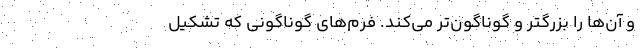
و آن‌ها را بزرگتر و گوناگون‌تر می‌کند. فرم‌های گوناگونی که تشکیل